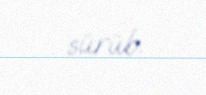
sürüb.